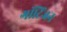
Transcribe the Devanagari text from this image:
गॉटिंजन